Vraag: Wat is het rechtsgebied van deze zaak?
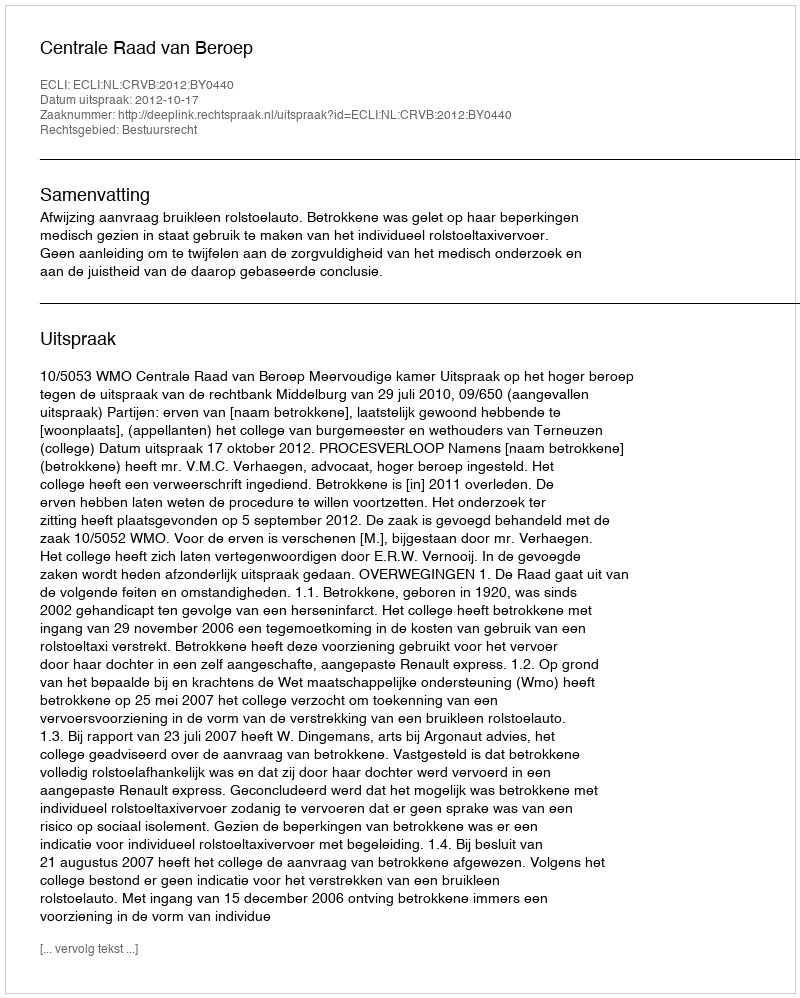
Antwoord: Bestuursrecht